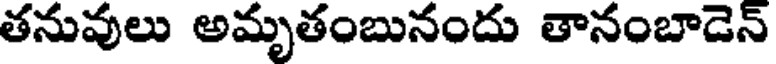
తనువులు అమృతంబునందు తానంబాడెన్